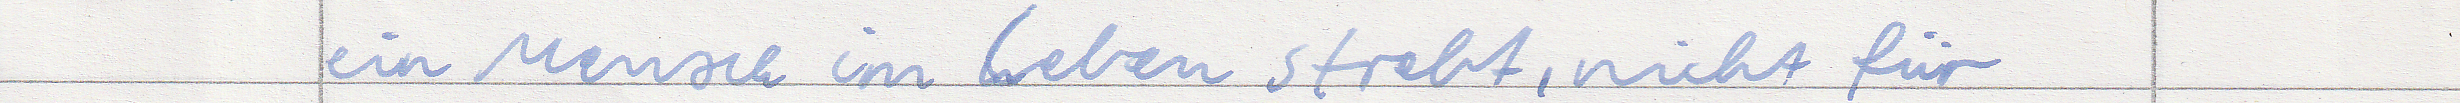
ein Mensch im Leben strebt, nicht für